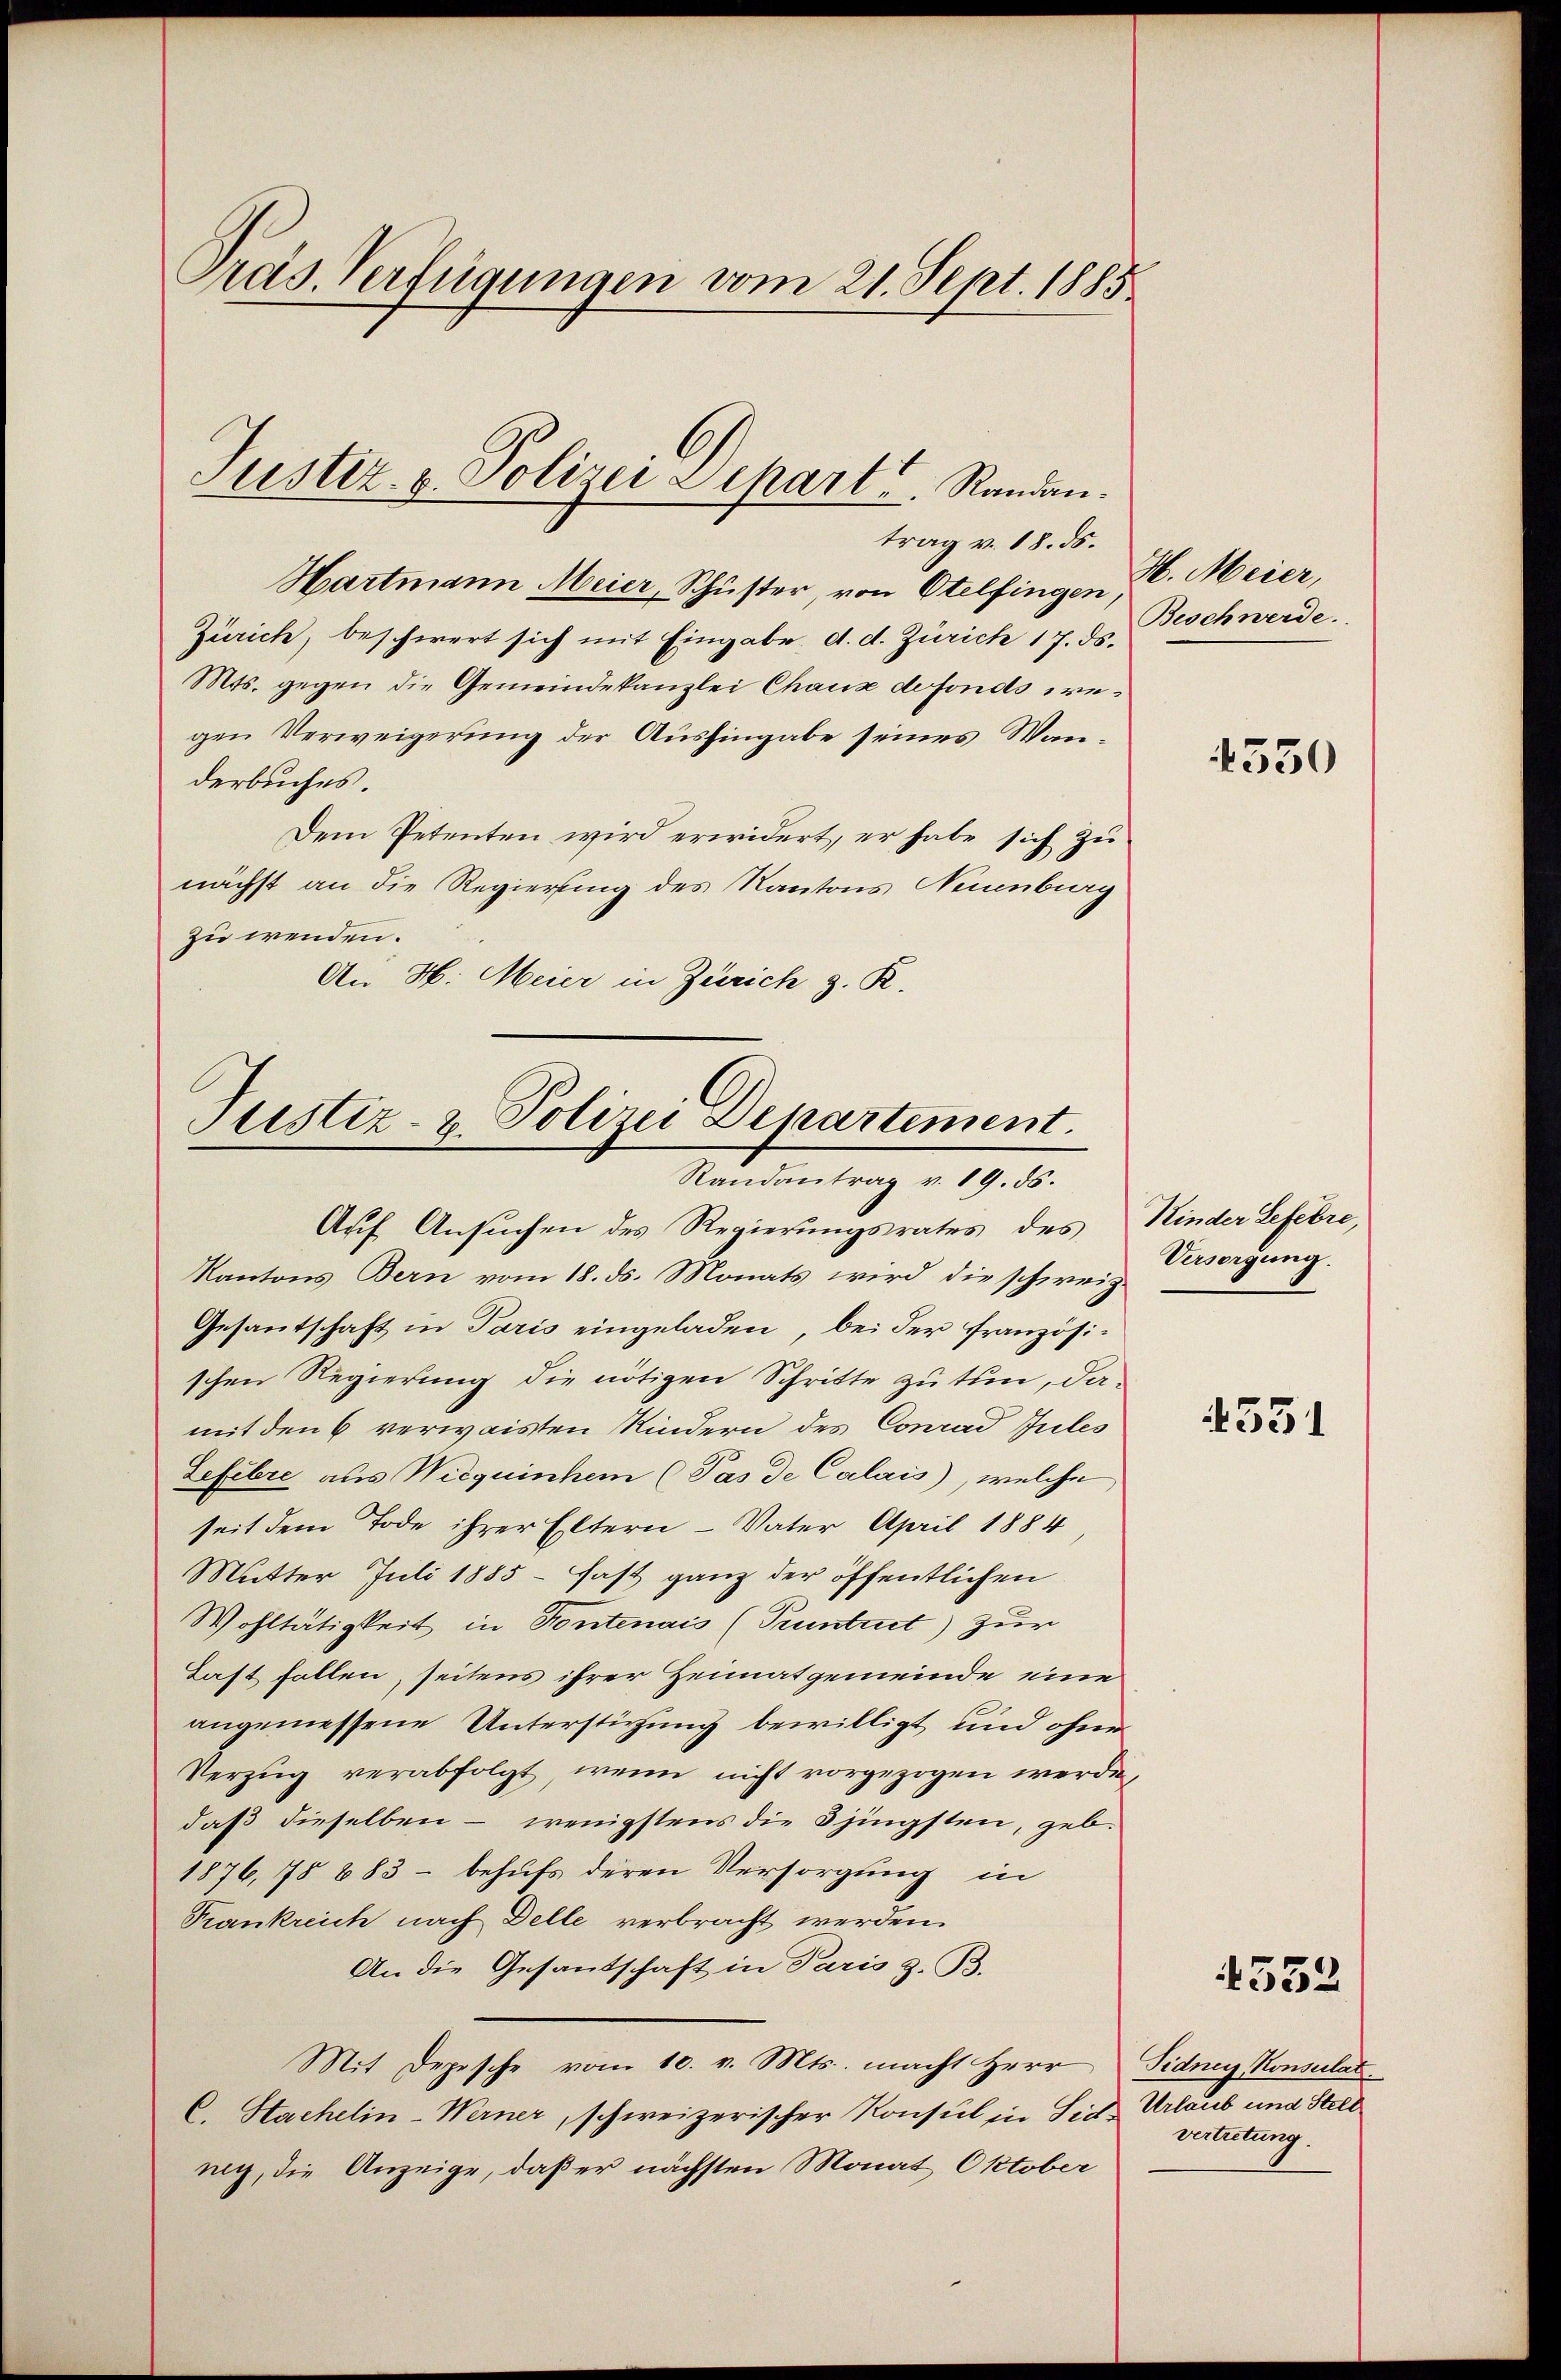
Pras. Verfügungen vom 21. Sept. 1885

Justiz- u. Polizei Depart. Randantrag v. 18. ds.

Hartmann Meier, Schüster, von Otelfingen H. Meier,
Zürich, beschwert sich mit Eingabe d. d. Zürich 17. ds.
Mts. gegen die Gemeindekanzlei Chaux defonds wegen Verweigerung der Aushingabe seines Wanderbuches.
Dem Petenten wird erwidert, er habe sich zu
nächst an die Regierung des Kantons Neuenburg
zu wenden.
Au H. Meier in Zürich z. R.

Justiz- & Polizei Departement.
Randantrag v. 19. ds.

Auf Ansuchen des Regierungsrates des Kinder Lefevre,
Kantons Bern vom 18. ds. Monats wird die schweiz.
Gesantschaft in Paris eingeladen, bei der französischen Regierung die nötigen Schritte zu tun, damit den 6 verwaisten Kindern des Conrad Jules
Lefehre aus Wiequinchem (Pas de Calais, welche
seit dem Tode ihrer Eltern - Vater April 1884
Mutter Juli 1885 - fast ganz der öffentlichen
Wohltätigkeit in Fontenais (Pruntrut) zur
Last fallen, seitens ihrer Heimatgemeinde eine
angemessene Unterstüzung bewilligt und ohne
Verzug verabfolgt, wenn nicht vorgezogen werde,
daß dieselben - wenigstens die Sjingsten, geb.
1876, 78 683 - behufs deren Versorgung in
Krankreich nach Delle verbracht werden.
An die Gesantschaft in Paris z. B.
Mit Depesche vom 10. v. Mts. macht Herr Sidney Konsulat
C. Sachelin-Werner, schweizerischer Konsul in Sie Urlaub und Stell
nig, die Anzeige, daß er nächsten Monat Oktober

Beschwerde.

4330

Versorgung.

4351

4352

vertretung.